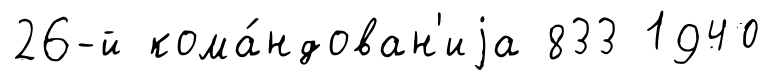
26-й кома́ндован'иjа 833 1940